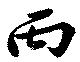
丙